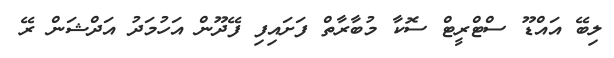
ލިބޭ އައްޑޫ ސްޓްރީޓް ސޮކާ މުބާރާތް ފަށައިފި ފޭދޫން އަހުމަދު އަދްޝަން ރޭ